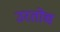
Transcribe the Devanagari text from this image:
उरतोच